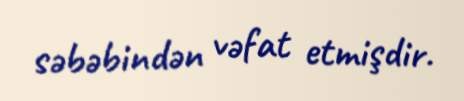
səbəbindən vəfat etmişdir.